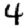
Digit: 4